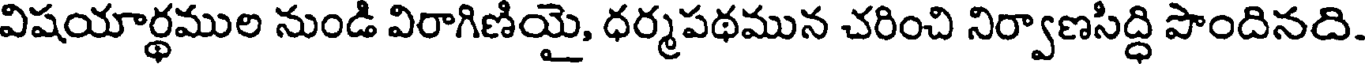
విషయార్థముల నుండి విరాగిణియై, ధర్మపథమున చరించి నిర్వాణసిద్ధి పొందినది.